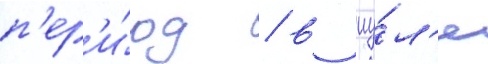
п'ер'и́од / в иу́л'е